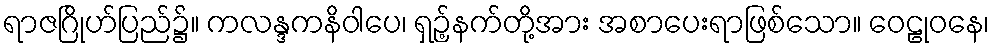
ရာဇဂြိုဟ်ပြည်၌။ ကလန္ဒကနိဝါပေ၊ ရှဉ့်နက်တို့အား အစာပေးရာဖြစ်သော။ ဝေဠုဝနေ၊